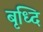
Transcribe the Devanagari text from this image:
बृध्दि